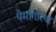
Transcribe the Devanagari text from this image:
पेमगिरिचा